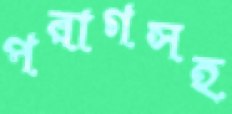
পরাগসহ